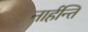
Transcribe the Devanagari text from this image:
नार्हन्ति